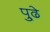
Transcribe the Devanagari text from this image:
पु्ढे